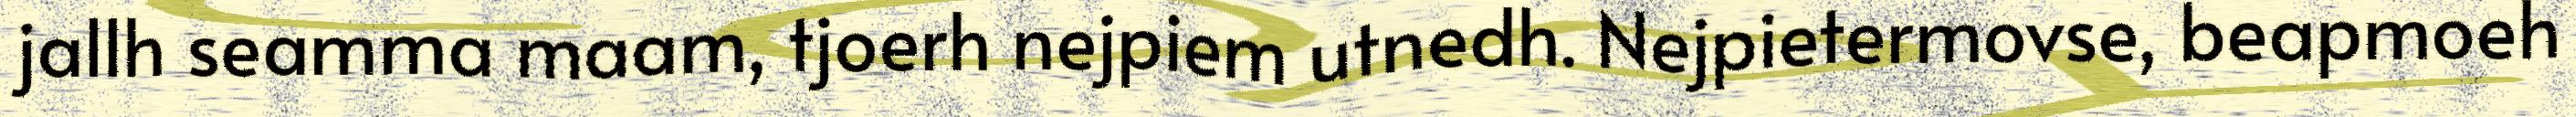
jallh seamma maam, tjoerh nejpiem utnedh. Nejpietermovse, beapmoeh